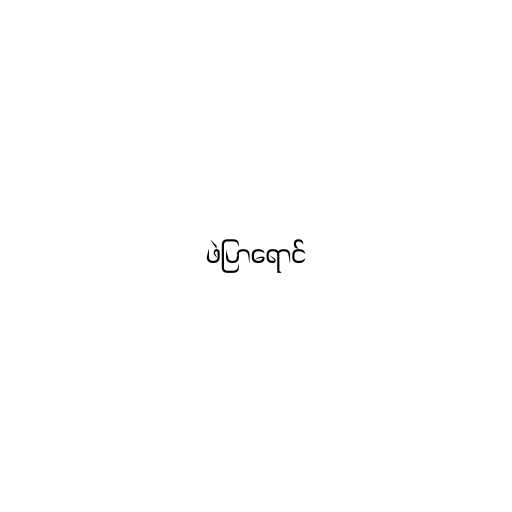
ဖဲပြာရောင်